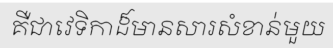
គឺជាវេទិកាដ៏មានសារសំខាន់មួយ